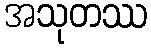
အသုတဿ